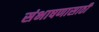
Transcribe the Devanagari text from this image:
संभाषणासाठी